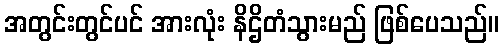
အတွင်းတွင်ပင် အားလုံး နိဌိတံသွားမည် ဖြစ်ပေသည်။